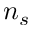
n _ { s }